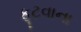
ફૂટવાના